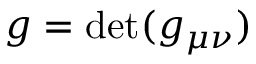
{ g } = \operatorname* { d e t } ( { g } _ { \mu \nu } )